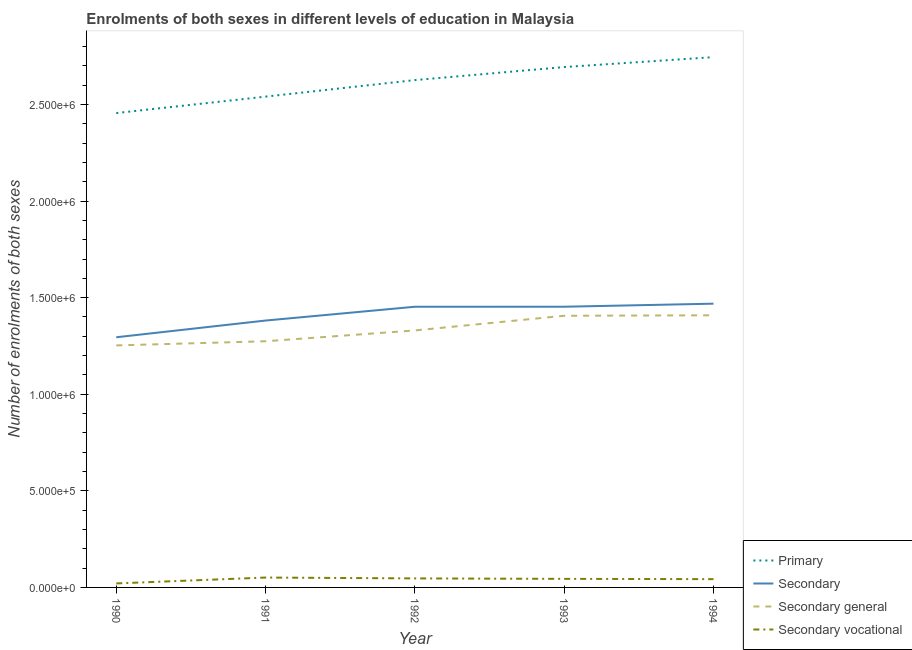
| Year | Primary | Secondary | Secondary general | Secondary vocational |
 | --- | --- | --- | --- | --- |
 | 1990 | 2.46e+06 | 1.29e+06 | 1.25e+06 | 2.07e+04 |
 | 1991 | 2.54e+06 | 1.38e+06 | 1.27e+06 | 5.12e+04 |
 | 1992 | 2.63e+06 | 1.45e+06 | 1.33e+06 | 4.67e+04 |
 | 1993 | 2.69e+06 | 1.45e+06 | 1.41e+06 | 4.43e+04 |
 | 1994 | 2.74e+06 | 1.47e+06 | 1.41e+06 | 4.29e+04 |